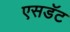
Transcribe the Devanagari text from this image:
एसडॅट